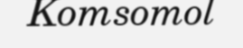
Komsomol